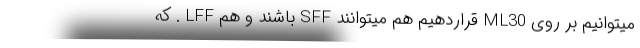
میتوانیم بر روی ML30 قراردهیم هم میتوانند SFF باشند و هم LFF . که